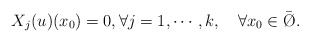
\begin{align*}X_{j}(u)(x_{0}) = 0,\forall j=1,\cdots,k,\ \ \ \forall x_0 \in \bar \O.\end{align*}